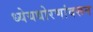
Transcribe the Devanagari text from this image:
ध्येयधोरणांवरून